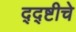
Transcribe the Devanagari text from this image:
द्द्ष्टीचे